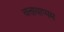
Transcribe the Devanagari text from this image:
वत्तायाप्पम